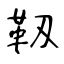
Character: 靱